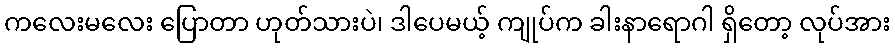
ကလေးမလေး ပြောတာ ဟုတ်သားပဲ၊ ဒါပေမယ့် ကျုပ်က ခါးနာရောဂါ ရှိတော့ လုပ်အား